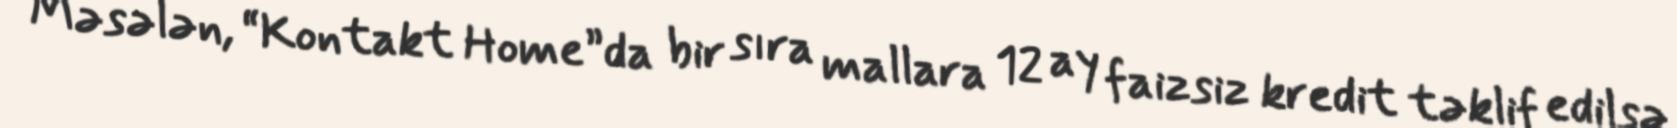
Məsələn, “Kontakt Home”da bir sıra mallara 12 ay faizsiz kredit təklif edilsə